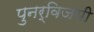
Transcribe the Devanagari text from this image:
पुनर्विजयी